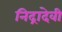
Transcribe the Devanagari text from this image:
निद्रादेवी